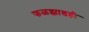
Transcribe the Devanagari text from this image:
फळझाडही